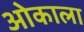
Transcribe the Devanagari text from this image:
ओकाला